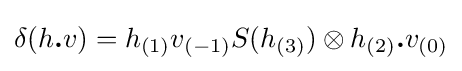
\delta (h{\boldsymbol {.}}v)=h_{(1)}v_{(-1)}S(h_{(3)})\otimes h_{(2)}{\boldsymbol {.}}v_{(0)}